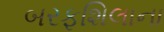
બરફશિલાના